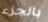
بالجزء